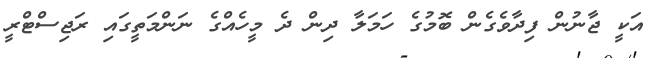
އަކީ ޖާނުން ފިދާވެގެން ބޮމުގެ ހަމަލާ ދިން ދެ މީހެއްގެ ނަންމަތީގައި ރަޖިސްޓްރީ